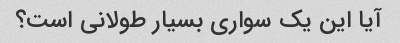
آیا این یک سواری بسیار طولانی است؟